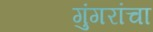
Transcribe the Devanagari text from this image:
गुंगरांचा